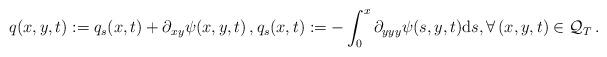
LaTeX: \begin{align*}q(x,y,t) := q_s(x,t) + \partial_{xy}\psi(x,y,t) \,, q_s(x,t) := - \int_{0}^{x} \partial_{yyy} \psi(s,y,t) {\rm d}s, \forall \, (x,y,t) \in \mathcal Q_T\,.\end{align*}